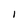
Character: I